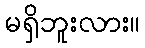
မရှိဘူးလား။